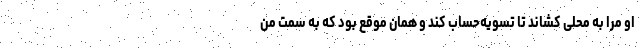
او مرا به محلی کشاند تا تسویه‌حساب کند و همان موقع بود که به سمت من